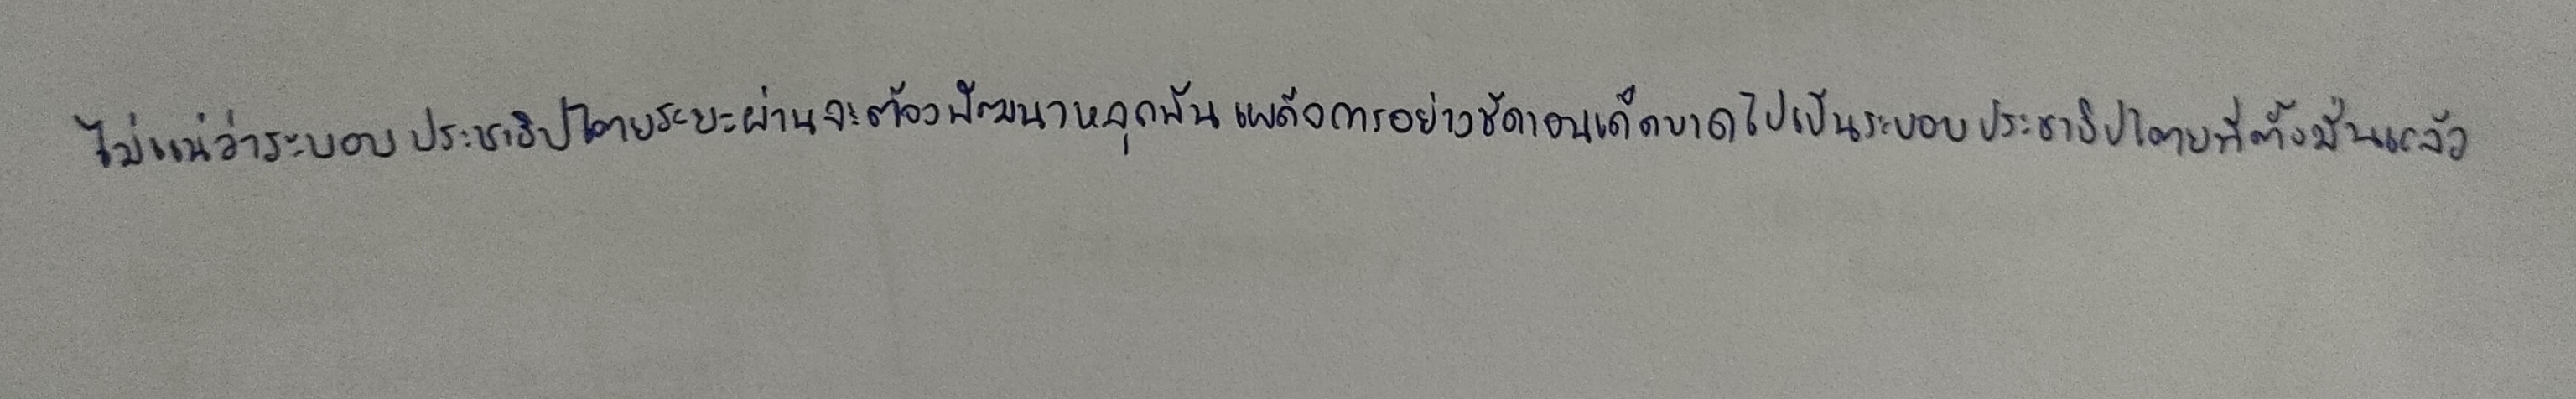
ไม่แน่ว่าระบอบประชาธิปไตยระยะผ่านจะต้องพัฒนาหลุดพ้นเผด็จการอย่างชัดเจนเด็ดขาดไปเป็นระบอบประชาธิปไตยที่ตั้งมั่นแล้ว